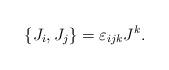
LaTeX: \begin{align*}\{J_i, J_j \} = \varepsilon_{ijk} J^k.\end{align*}